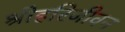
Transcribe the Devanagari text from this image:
श्रीहरिजीवन